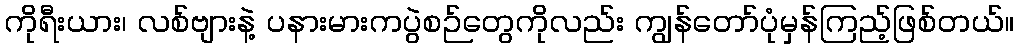
ကိုရီးယား၊ လစ်ဗျားနဲ့ ပနားမားကပွဲစဉ်တွေကိုလည်း ကျွန်တော်ပုံမှန်ကြည့်ဖြစ်တယ်။